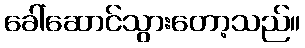
ခေါ်ဆောင်သွားတော့သည်။